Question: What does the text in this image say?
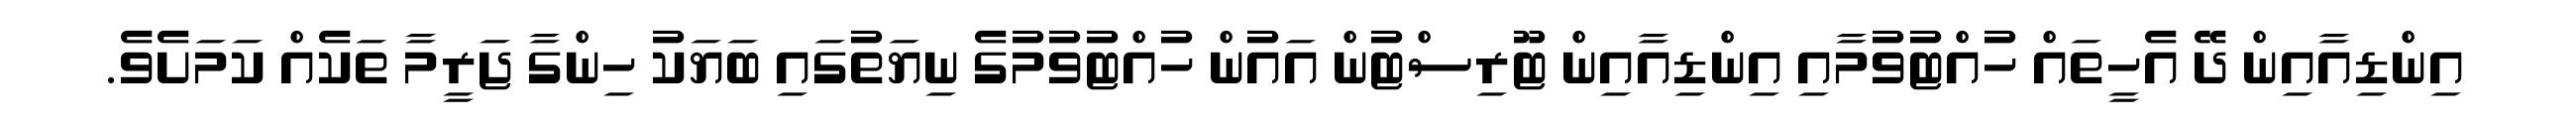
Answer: އިންޑިއާއިން ދޭ އެހީތައް ހުއްޓުވުމާއި އިންޑިއާއިން ޓޫރިސްޓުން އައުން ހުއްޓުވުމުގެ ނިޔަތުގައި ބަޔަކު ހިންގާ ޖަރީމާ ތަކެއް ކަމަށެވެ.